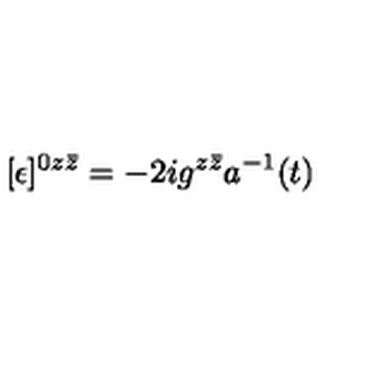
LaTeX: [ \epsilon ] ^ { 0 z \bar { z } } = - 2 i g ^ { z \bar { z } } a ^ { - 1 } ( t )